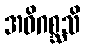
အဓိဂစ္ဆသိ